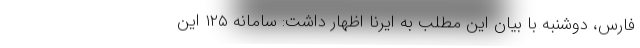
فارس، دوشنبه با بیان این مطلب به ایرنا اظهار داشت: سامانه ۱۲۵ این